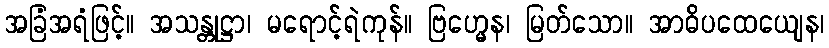
အခြံအရံဖြင့်။ အသန္တုဋ္ဌာ၊ မရောင့်ရဲကုန်။ ဗြဟ္မေန၊ မြတ်သော။ အာဓိပထေယျေန၊